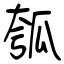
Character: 瓠